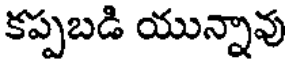
కప్పబడి యున్నావు